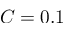
C = 0 . 1